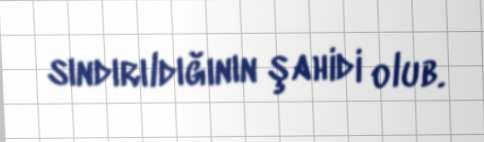
sındırıldığının şahidi olub.